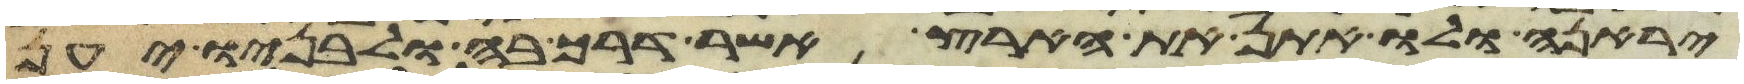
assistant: יראנה ולו אתן את הארץ אשר דרך בה ולבניו יען